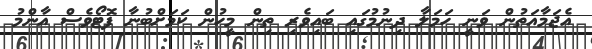
އެޖަމާއަތުން ވަނީ ހަމަލާ ދިނުމުގައި ބައިވެރި ތިން މީހުން ކަމަށްބުނާ ފޮޓޯވެސް އާންމު